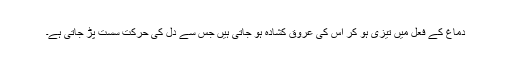
دماغ کے فعل میں تیزی ہو کر اس کی عروق کشادہ ہو جاتی ہیں جس سے دل کی حرکت سست پڑ جاتی ہے۔